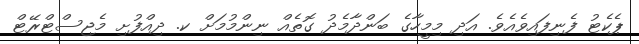
ޕެކެޓު ފެނިފައިވެއެވެ. އަދި މިމީހާގެ ބަންދާމެދު ގޮތެއް ނިންމުމަށް ކ. ދިއްފުށި މެޖިސްޓްރޭޓް